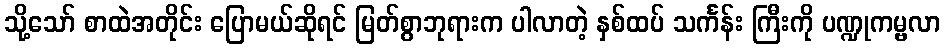
သို့သော် စာထဲအတိုင်း ပြောမယ်ဆိုရင် မြတ်စွာဘုရားက ပါလာတဲ့ နှစ်ထပ် သင်္ကန်း ကြီးကို ပဏ္ဍုကမ္ဗလာ